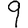
Digit: 9